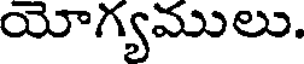
యోగ్యములు.